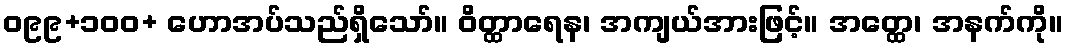
ဝ၉၉+၁၀၀+ ဟောအပ်သည်ရှိသော်။ ဝိတ္ထာရေန၊ အကျယ်အားဖြင့်။ အတ္ထေ၊ အနက်ကို။